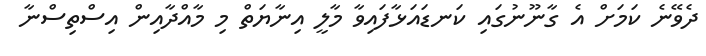
ދެވޭނެ ކަމަށް އެ ގާނޫނުގައި ކަނޑައަޅާފައިވާ މާލީ އިނާޔަތް މި މާއްދާއިން އިސްތިސްނާ